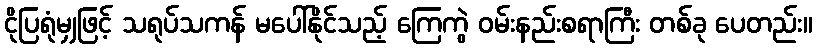
ငိုပြရုံမျှဖြင့် သရုပ်သကန် မပေါ်နိုင်သည့် ကြေကွဲ ဝမ်းနည်းစရာကြီး တစ်ခု ပေတည်း။